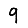
Digit: 9